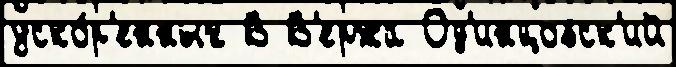
уско́р'енных В В'ержа Од'инцовск'ий